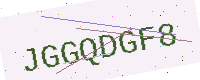
Text: JGGQDGF8